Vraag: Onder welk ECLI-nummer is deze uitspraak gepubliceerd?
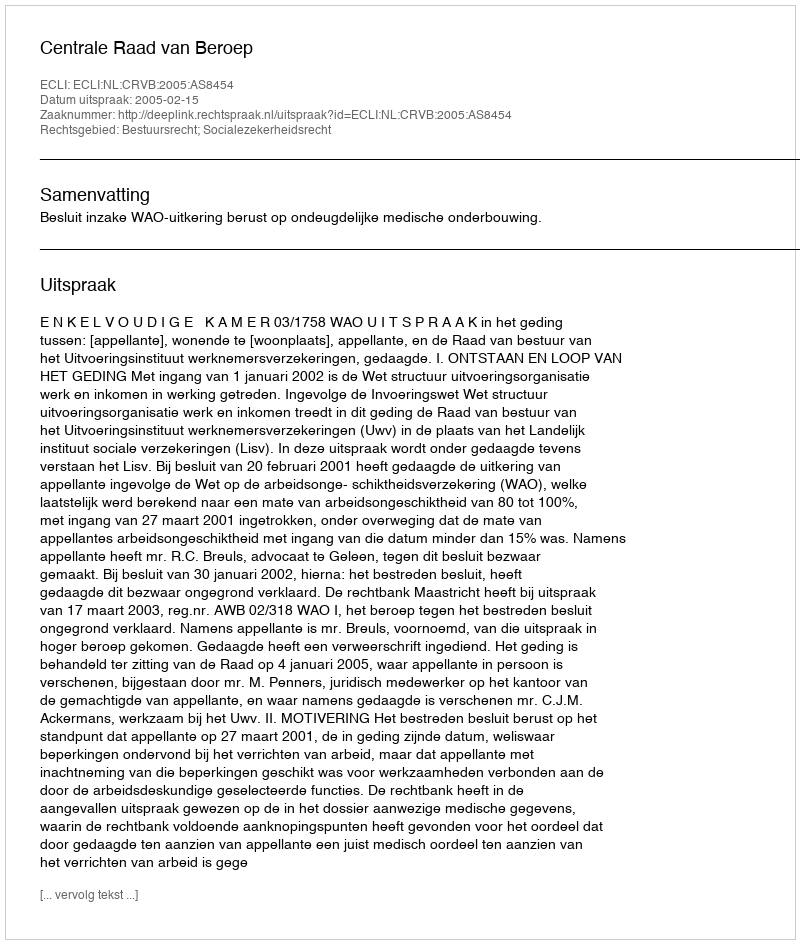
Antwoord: ECLI:NL:CRVB:2005:AS8454